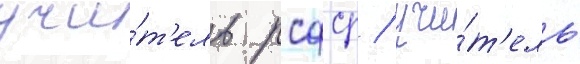
учи́т'ель рсфср / учи́т'ель